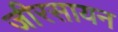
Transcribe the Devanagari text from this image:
जीरसायन